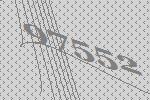
97552